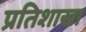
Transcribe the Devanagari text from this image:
प्रतिशाखा